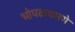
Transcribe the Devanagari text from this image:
भोपळघारगे